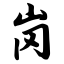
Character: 岗